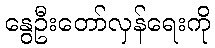
နွေဦးတော်လှန်ရေးကို